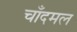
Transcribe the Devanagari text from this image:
चाँदमल